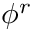
\phi ^ { r }